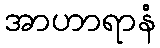
အာဟာရာနံ